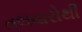
તલવારોથી